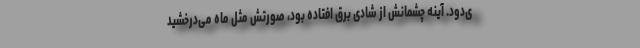
ی‌دود. آینه چشمانش از شادی برق افتاده بود، صورتش مثل ماه می‌درخشید